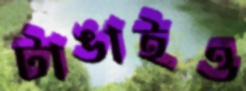
টাঙাইও